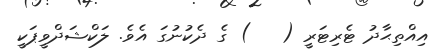
އިއްތިޙާދު ޓެރިޓަރީ (   ) ގެ ދެކުނުގަ އެވެ. ލަކްޝަދްވީޕަކީ